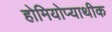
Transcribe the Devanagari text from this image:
होमियोप्याथीक